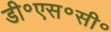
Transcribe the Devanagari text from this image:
डी॰एस॰सी॰